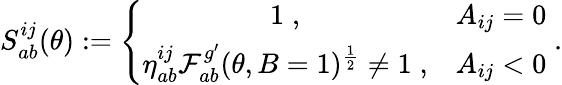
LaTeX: S_{ab}^{ij}(\theta):=\left\{ \begin{array}{cc}{{1\; ,}}&{{A_{ij}=0}}\\ {{\eta_{ab}^{ij}\mathcal{F}_{ab}^{g^{\prime}}(\theta,B=1)^{\frac{1}{2}}\neq 1\; ,}}&{{A_{ij}<0}}\end{array}\right.\; .